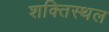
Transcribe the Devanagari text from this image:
शक्तिस्थल